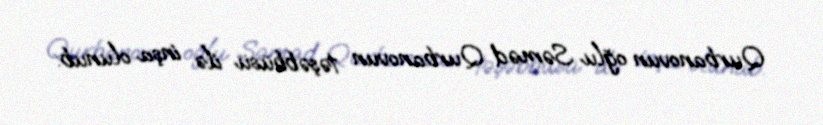
Qurbanovun oğlu Səməd Qurbanovun təşəbbüsü ilə inşa olunub.